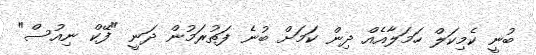
ބުނީ ކެމިކަލް ހަމަލާއެއް ދިން ކަމަށް ބުނެ ފަތުރަމުން ދަނީ "ފޭކް ނިއުސް"